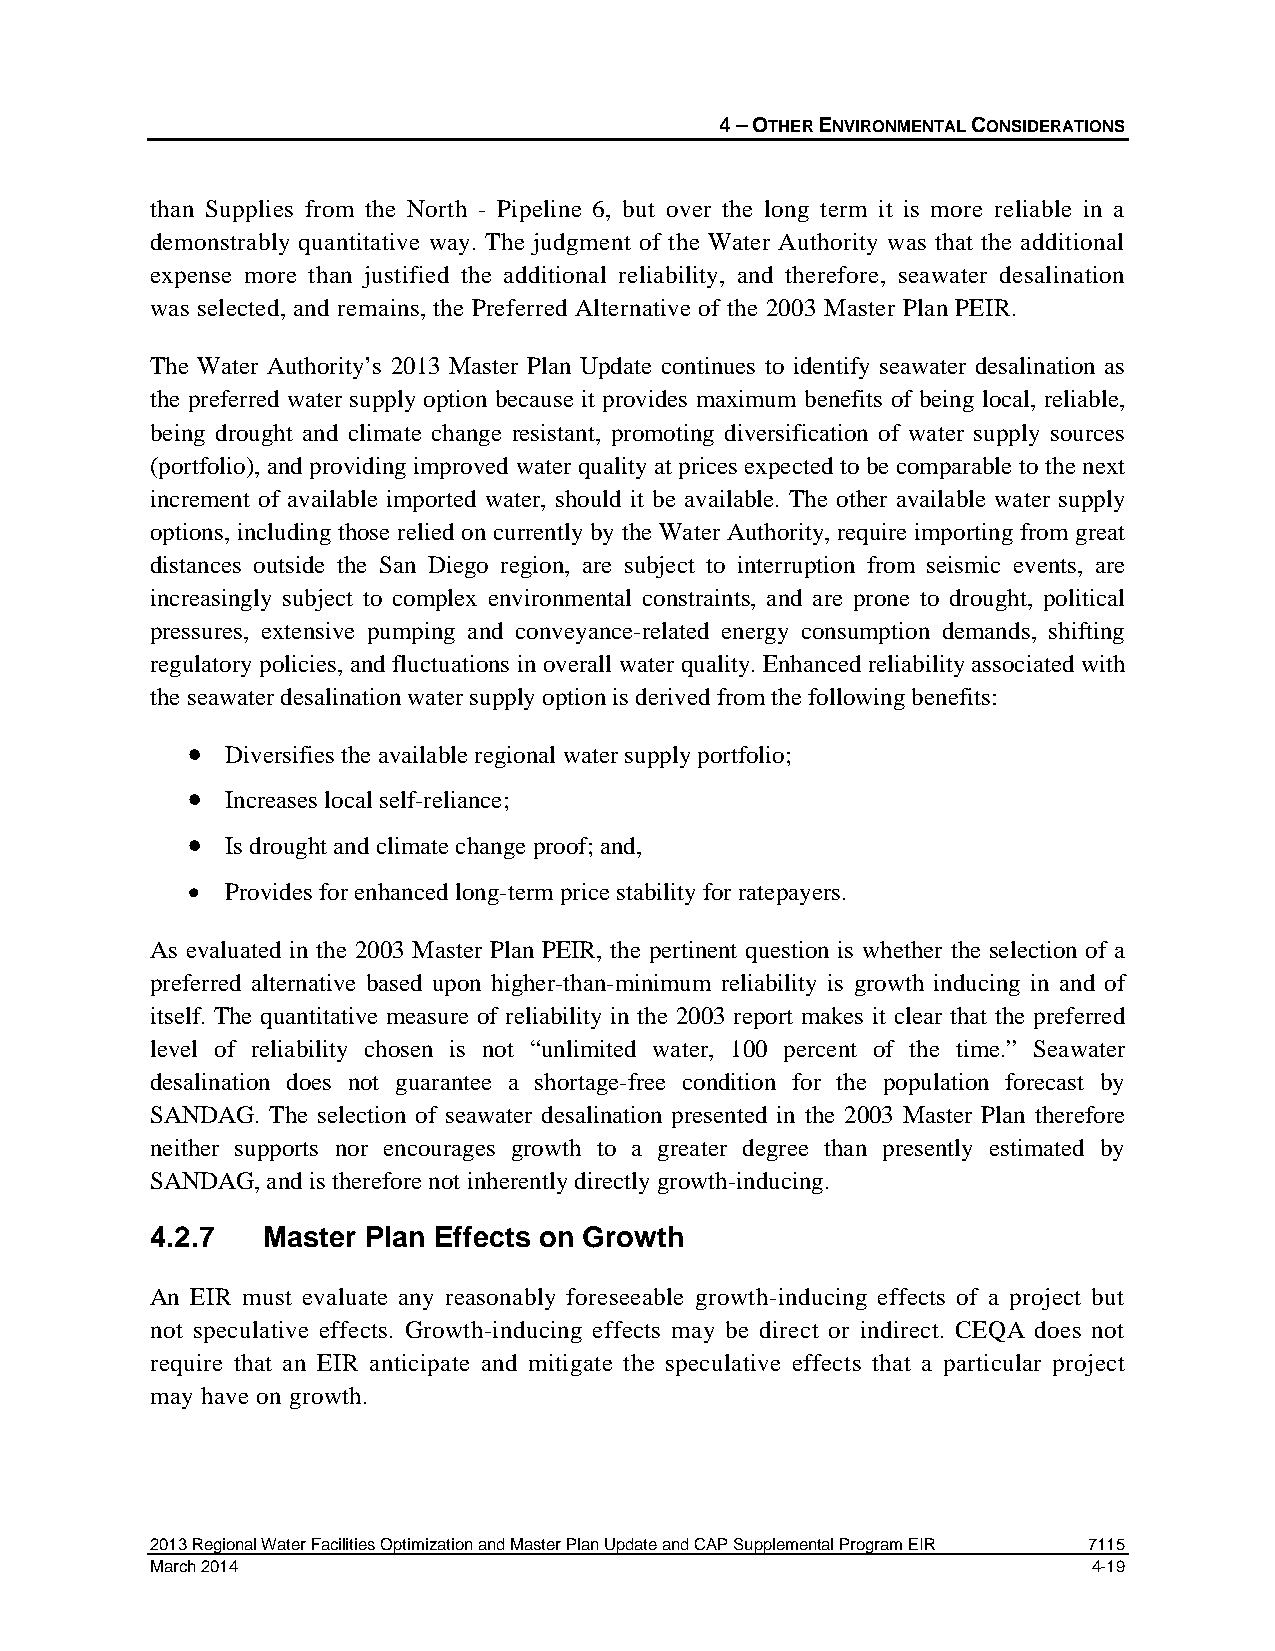
4 – OTHER ENVIRONMENTAL CONSIDERATIONS
 than Supplies from the North - Pipeline 6, but over the long term it is more reliable in a
 demonstrably quantitative way. The judgment of the Water Authority was that the additional
 expense more than justified the additional reliability, and therefore, seawater desalination
 was selected, and remains, the Preferred Alternative of the 2003 Master Plan PEIR.
 The Water Authority’s 2013 Master Plan Update continues to identify seawater desalination as
 the preferred water supply option because it provides maximum benefits of being local, reliable,
 being drought and climate change resistant, promoting diversification of water supply sources
 (portfolio), and providing improved water quality at prices expected to be comparable to the next
 increment of available imported water, should it be available. The other available water supply
 options, including those relied on currently by the Water Authority, require importing from great
 distances outside the San Diego region, are subject to interruption from seismic events, are
 increasingly subject to complex environmental constraints, and are prone to drought, political
 pressures, extensive pumping and conveyance-related energy consumption demands, shifting
 regulatory policies, and fluctuations in overall water quality. Enhanced reliability associated with
 the seawater desalination water supply option is derived from the following benefits:
 •  Diversifies the available regional water supply portfolio;
 •  Increases local self-reliance;
 •  Is drought and climate change proof; and,
 •  Provides for enhanced long-term price stability for ratepayers.
 As evaluated in the 2003 Master Plan PEIR, the pertinent question is whether the selection of a
 preferred alternative based upon higher-than-minimum reliability is growth inducing in and of
 itself. The quantitative measure of reliability in the 2003 report makes it clear that the preferred
 level of reliability chosen is not “unlimited water, 100 percent of the time.” Seawater
 desalination does not guarantee a shortage-free condition for the population forecast by
 SANDAG. The selection of seawater desalination presented in the 2003 Master Plan therefore
 neither supports nor encourages growth to a greater degree than presently estimated by
 SANDAG, and is therefore not inherently directly growth-inducing.
 4.2.7  Master Plan Effects on Growth
 An EIR must evaluate any reasonably foreseeable growth-inducing effects of a project but
 not speculative effects. Growth-inducing effects may be direct or indirect. CEQA does not
 require that an EIR anticipate and mitigate the speculative effects that a particular project
 may have on growth.
 2013 Regional Water Facilities Optimization and Master Plan Update and CAP Supplemental Program EIR 7115
 March 2014                                                    4-19